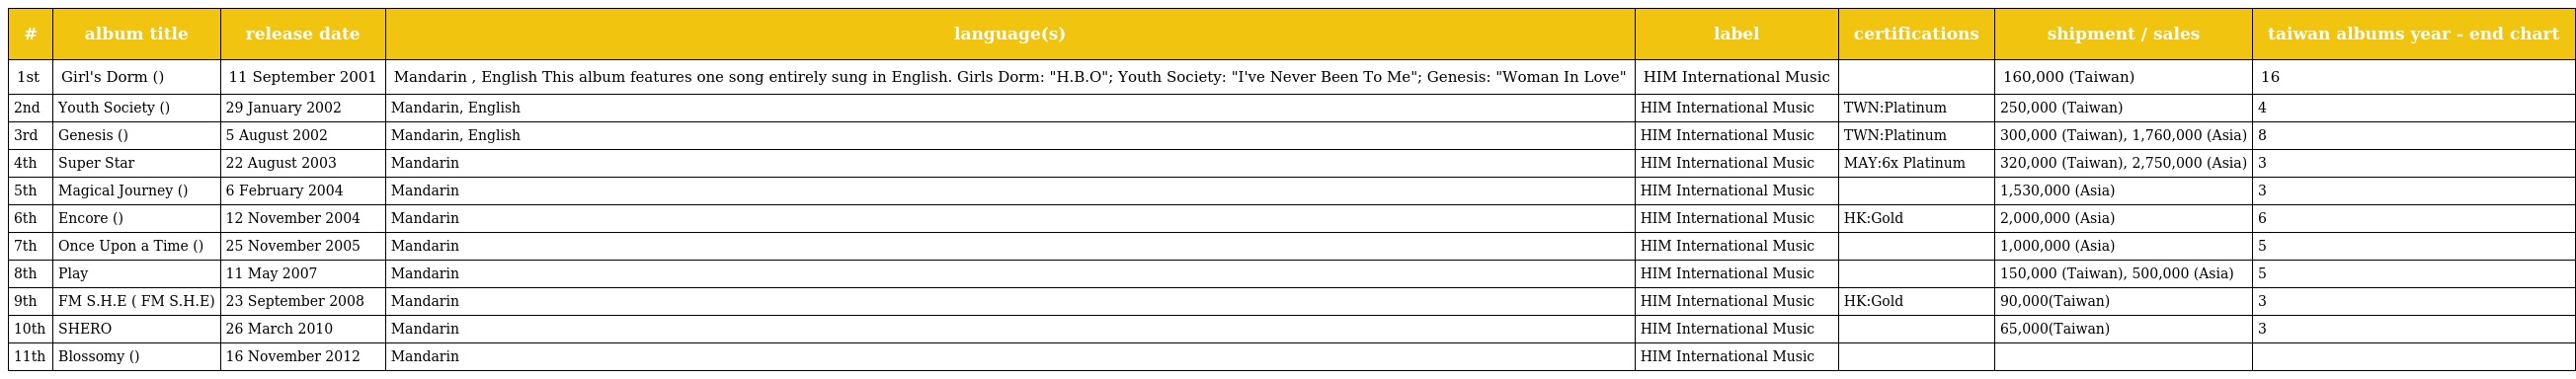
| # | album title | release date | language(s) | label | certifications | shipment / sales | taiwan albums year - end chart |
 | --- | --- | --- | --- | --- | --- | --- | --- |
 | 1st | Girl's Dorm (女生宿舍) | 11 September 2001 | Mandarin , English This album features one song entirely sung in English. Girls Dorm: "H.B.O"; Youth Society: "I've Never Been To Me"; Genesis: "Woman In Love" | HIM International Music |  | 160,000 (Taiwan) | 16 |
 | 2nd | Youth Society (青春株式會社) | 29 January 2002 | Mandarin, English | HIM International Music | TWN:Platinum | 250,000 (Taiwan) | 4 |
 | 3rd | Genesis (美麗新世界) | 5 August 2002 | Mandarin, English | HIM International Music | TWN:Platinum | 300,000 (Taiwan), 1,760,000 (Asia) | 8 |
 | 4th | Super Star | 22 August 2003 | Mandarin | HIM International Music | MAY:6x Platinum | 320,000 (Taiwan), 2,750,000 (Asia) | 3 |
 | 5th | Magical Journey (奇幻旅程) | 6 February 2004 | Mandarin | HIM International Music |  | 1,530,000 (Asia) | 3 |
 | 6th | Encore (安可) | 12 November 2004 | Mandarin | HIM International Music | HK:Gold | 2,000,000 (Asia) | 6 |
 | 7th | Once Upon a Time (不想長大) | 25 November 2005 | Mandarin | HIM International Music |  | 1,000,000 (Asia) | 5 |
 | 8th | Play | 11 May 2007 | Mandarin | HIM International Music |  | 150,000 (Taiwan), 500,000 (Asia) | 5 |
 | 9th | FM S.H.E (我的電台 FM S.H.E) | 23 September 2008 | Mandarin | HIM International Music | HK:Gold | 90,000(Taiwan) | 3 |
 | 10th | SHERO | 26 March 2010 | Mandarin | HIM International Music |  | 65,000(Taiwan) | 3 |
 | 11th | Blossomy (花又開好了) | 16 November 2012 | Mandarin | HIM International Music |  |  |  |